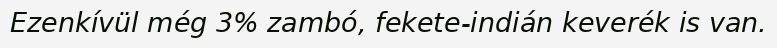
Ezenkívül még 3% zambó, fekete-indián keverék is van.